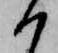
か